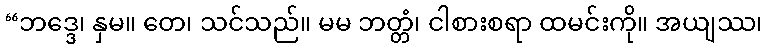
“ဘဒ္ဒေ၊ နှမ။ တေ၊ သင်သည်။ မမ ဘတ္တံ၊ ငါစားစရာ ထမင်းကို။ အယျဿ၊